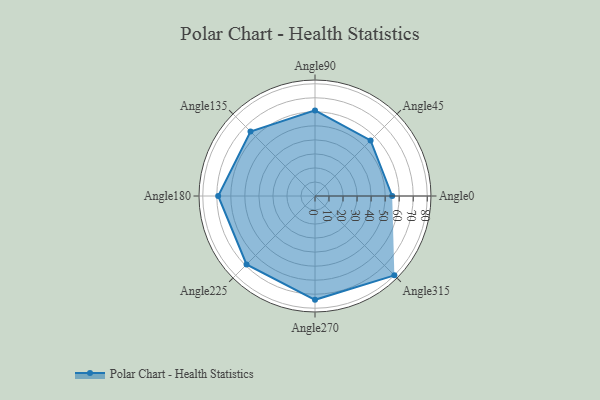
{"axis": {"x": "Angle", "y": "Radius"}, "legend": [""], "data": [{"x": "Angle0", "y": 55.0, "type": ""}, {"x": "Angle45", "y": 56.0, "type": ""}, {"x": "Angle90", "y": 61.0, "type": ""}, {"x": "Angle135", "y": 65.0, "type": ""}, {"x": "Angle180", "y": 69.0, "type": ""}, {"x": "Angle225", "y": 69.0, "type": ""}, {"x": "Angle270", "y": 74.0, "type": ""}, {"x": "Angle315", "y": 80.0, "type": ""}]}